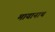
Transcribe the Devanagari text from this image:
मायानाथ